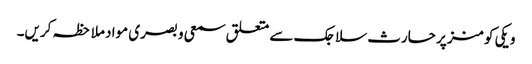
ویکی کومنز پر حارث سلاجک سے متعلق سمعی و بصری مواد ملاحظہ کریں۔